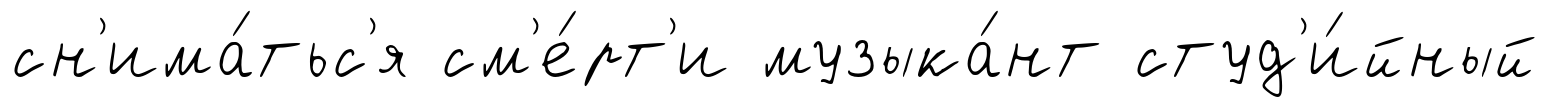
сн'има́тьс'я см'е́рт'и музыка́нт студ'и́йный